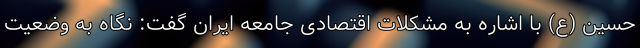
حسین (ع) با اشاره به مشکلات اقتصادی جامعه ایران گفت: نگاه به وضعیت